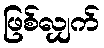
ဖြစ်လျှက်